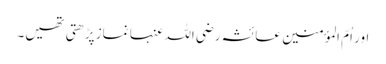
اور اُمّ المؤمنین عائشہ رضی اللہ عنہا نماز پڑھتی تھیں۔